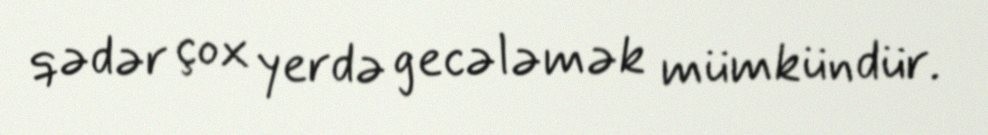
qədər çox yerdə gecələmək mümkündür.